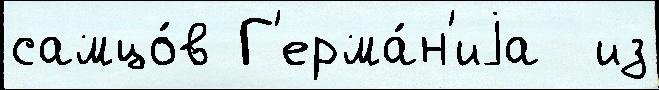
самцо́в Г'ерма́н'иjа  из